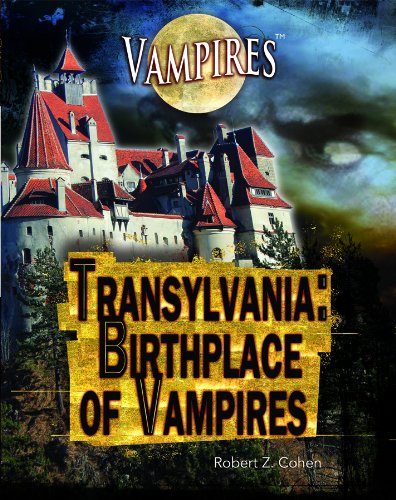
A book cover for Transylvania: Birthplace of Vampires; Robert Z. Cohen; History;